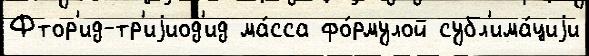
Фтор'ид-тр'иjиод'ид ма́сса фо́рмулой субл'има́циjи